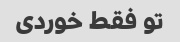
تو فقط خوردی